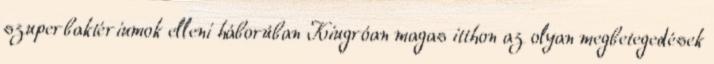
szuperbaktériumok elleni háborúban Kiugróan magas itthon az olyan megbetegedések